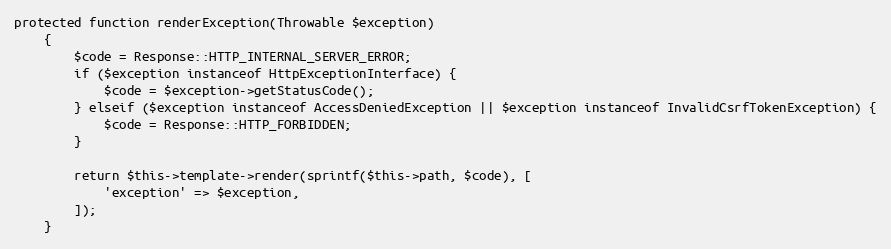
Language: PHP
protected function renderException(Throwable $exception)
    {
        $code = Response::HTTP_INTERNAL_SERVER_ERROR;
        if ($exception instanceof HttpExceptionInterface) {
            $code = $exception->getStatusCode();
        } elseif ($exception instanceof AccessDeniedException || $exception instanceof InvalidCsrfTokenException) {
            $code = Response::HTTP_FORBIDDEN;
        }

        return $this->template->render(sprintf($this->path, $code), [
            'exception' => $exception,
        ]);
    }